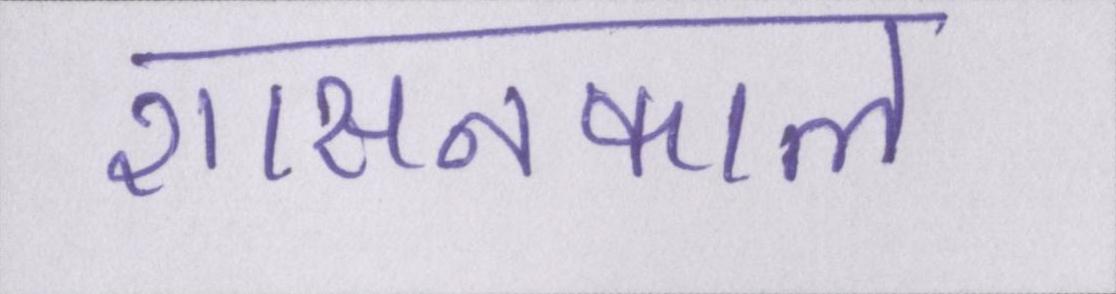
शासनकाल